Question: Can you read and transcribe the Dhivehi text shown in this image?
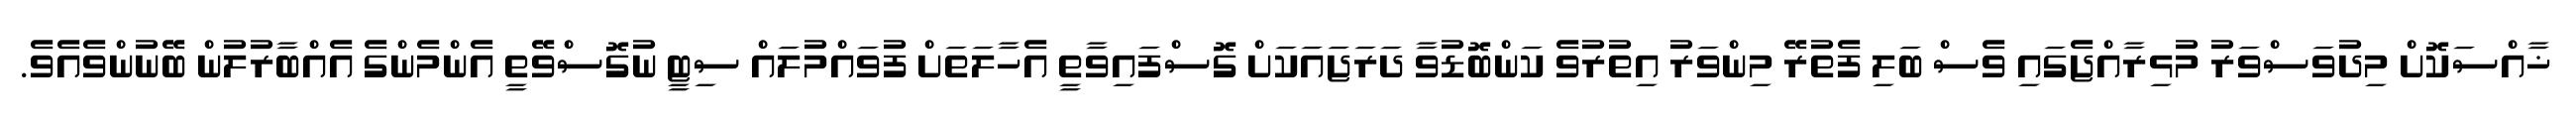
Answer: ޚާއްސަކޮށް މިދުވަސްވަރު މުޅިރާއްޖެގައި ވެސް ބަލި ފެތުރޭ މިންވަރު އިތުރުވެ ކަންބޮޑުވާ ދަރަޖައަކަށް ގޮސްފައިވާތީ އެހާލަތަށް ފުވައްމުލައް ސިޓީ ނުގޮސްވޭތީ އެންމެންގެ އެއްބާރުލުން ބޭނުންވެއެވެ.